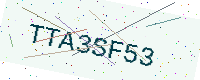
Text: TTA3SF53